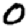
Digit: 0